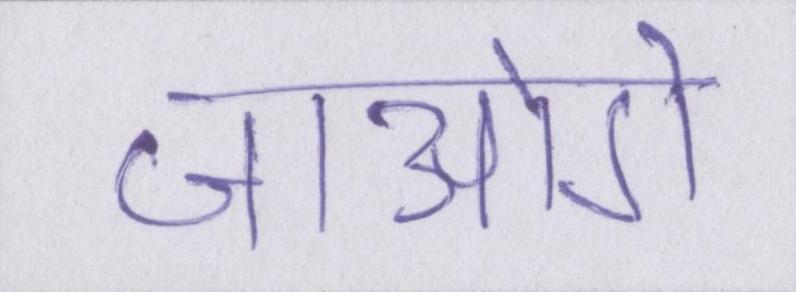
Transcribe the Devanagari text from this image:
जाओगे